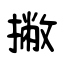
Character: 撇